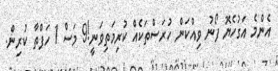
އެންމެ އަގުހެޔޮ ފޯނު ވިއްކަން ހުރަސްތަކެއް ކުރިމަތިވަނީ!9 މަސް 1 ހަފްތާ ކުރިން.